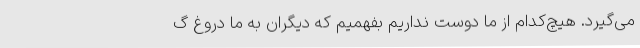
می‌گیرد. هیچ‌کدام از ما دوست نداریم بفهمیم که دیگران به ما دروغ گ